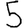
Digit: 5